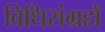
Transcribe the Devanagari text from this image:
विधिसंग्रहों